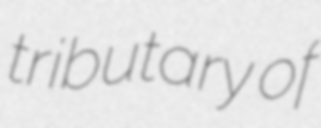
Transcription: tributary of